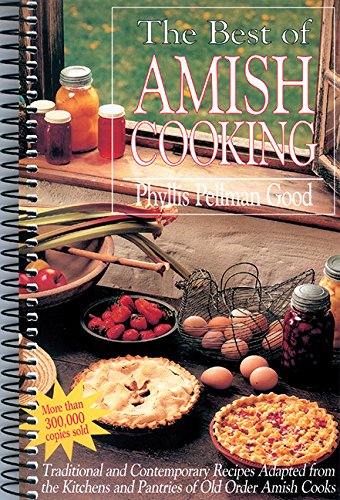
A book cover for Best of Amish Cooking: Traditional And Contemporary Recipes Adapted From The Kitchens And Pantries Of O; Phyllis Good; Cookbooks, Food & Wine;